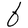
Character: b